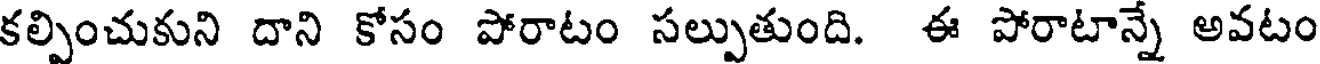
కల్పించుకుని దాని కోసం పోరాటం సల్పుతుంది. ఈ పోరాటాన్నే అవటం